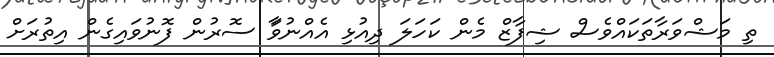
ތި މަޝްވަރާތަކައްވެސް ޝިފާޒް މެން ކަހަލަ ދިއުޅި އެއްނުވާަ ސޮރުން ފޮނުވައިގެން އިތުރަށް